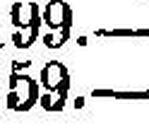
59.—